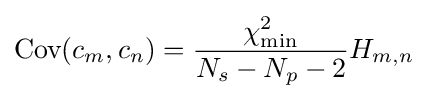
{\text{Cov}}(c_{m},c_{n})={\frac {\chi _{\text{min}}^{2}}{N_{s}-N_{p}-2}}H_{m,n}